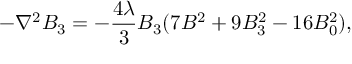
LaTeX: - \nabla ^ { 2 } B _ { 3 } = - { \frac { 4 \lambda } { 3 } } B _ { 3 } ( 7 B ^ { 2 } + 9 B _ { 3 } ^ { 2 } - 1 6 B _ { 0 } ^ { 2 } ) ,